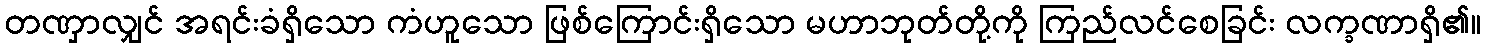
တဏှာလျှင် အရင်းခံရှိသော ကံဟူသော ဖြစ်ကြောင်းရှိသော မဟာဘုတ်တို့ကို ကြည်လင်စေခြင်း လက္ခဏာရှိ၏။